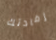
إفادتك